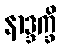
နာဒ္ဒက္ခိ